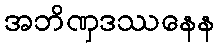
အဘိဏှဒဿနေန